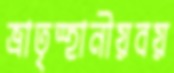
ভ্রাতৃস্হানীয়বয়